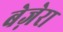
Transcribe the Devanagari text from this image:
बेज़ेरा